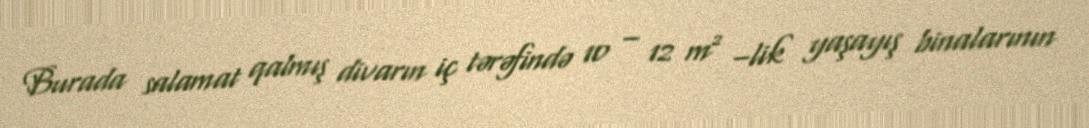
Burada salamat qalmış divarın iç tərəfində 10 – 12 m² –lik yaşayış binalarının